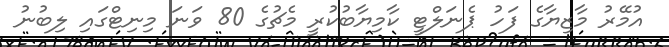
އުމޭރު މާޒިޔާގެ ފަހު ޕެނަލްޓީ ކާމިޔާބުކުރީ މެޗުގެ 80 ވަނަ މިނިޓްގައި ލިބުނު